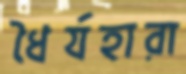
ধৈর্যহারা